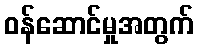
ဝန်ဆောင်မှုအတွက်